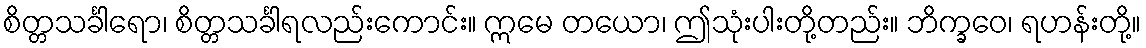
စိတ္တသင်္ခါရော၊ စိတ္တသင်္ခါရလည်းကောင်း။ ဣမေ တယော၊ ဤသုံးပါးတို့တည်း။ ဘိက္ခဝေ၊ ရဟန်းတို့။